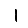
Digit: 1